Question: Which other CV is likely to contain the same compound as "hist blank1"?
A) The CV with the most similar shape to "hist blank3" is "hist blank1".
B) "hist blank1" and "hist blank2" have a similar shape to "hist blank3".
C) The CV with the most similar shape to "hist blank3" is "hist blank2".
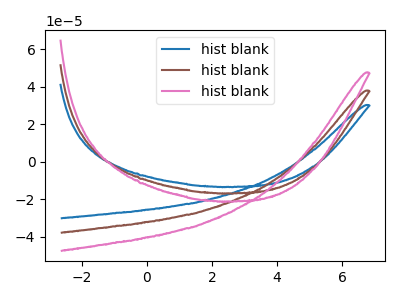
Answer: <think>The blue curve "hist blank1" has no peaks. The brown curve "hist blank2" has no peaks. The pink curve "hist blank3" has no peaks.
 Neither "hist blank1" or "hist blank2" have any peaks. Neither "hist blank1" or "hist blank3" have any peaks. Neither "hist blank2" or "hist blank3" have any peaks.</think>
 <answer>B) "hist blank1" and "hist blank2" have a similar shape to "hist blank3".</answer>
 <eval>B</eval>